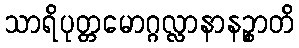
သာရိပုတ္တမောဂ္ဂလ္လာနာနဉ္စာတိ